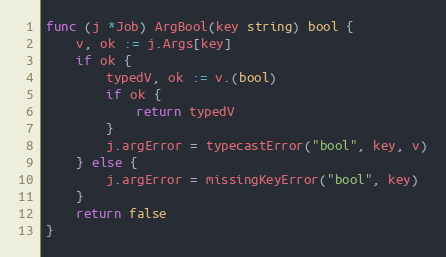
Language: Go
func (j *Job) ArgBool(key string) bool {
	v, ok := j.Args[key]
	if ok {
		typedV, ok := v.(bool)
		if ok {
			return typedV
		}
		j.argError = typecastError("bool", key, v)
	} else {
		j.argError = missingKeyError("bool", key)
	}
	return false
}